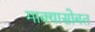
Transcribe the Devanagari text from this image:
माक्यासोबत